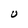
Character: U